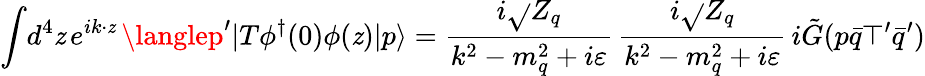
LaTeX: \int\! d^{4}\mathit{z}\, e^{ik\cdot\mathit{z}}\, \langlep^{\prime}|T\phi^{\dagger}(0)\phi(\mathit{z})|p\rangle={\frac{{i\sqrt{}{{Z_{q}}}}}{{k^{2}-m_{q}^{2}+i\varepsilon}}}\, {\frac{{i\sqrt{}{{Z_{q}}}}}{{k^{2}-m_{q}^{2}+i\varepsilon}}}\, i\tilde{{G}}(p\bar{{q}}\top^{\prime}\bar{{q}}^{\prime})